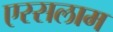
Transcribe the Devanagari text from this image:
एस्सलाम